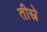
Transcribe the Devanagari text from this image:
तीस्रे